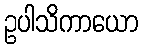
ဥပါသိကာယော